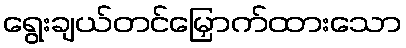
ရွေးချယ်တင်မြှောက်ထားသော